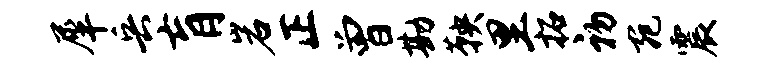
犀兵肓岩正曾勘鞅里拓初宛震